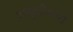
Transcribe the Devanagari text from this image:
आवृत्तीमध्यें